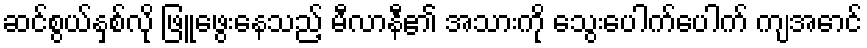
ဆင်စွယ်နှစ်လို ဖြူဖွေးနေသည့် မီလာနီ၏ အသားကို သွေးပေါက်ပေါက် ကျအောင်